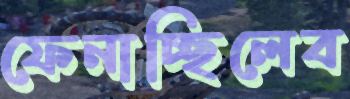
ফেনাচ্ছিলেব